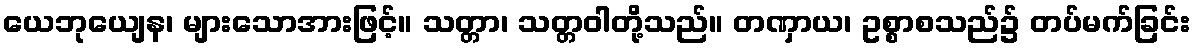
ယေဘုယျေန၊ များသောအားဖြင့်။ သတ္တာ၊ သတ္တဝါတို့သည်။ တဏှာယ၊ ဥစ္စာစသည်၌ တပ်မက်ခြင်း